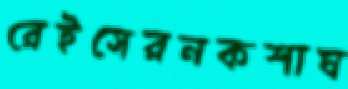
রেইসেরনকশাঘ